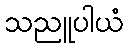
သညူပါယံ